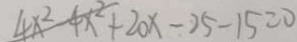
4 x ^ { 2 } - 4 x ^ { 2 } + 2 0 x - 2 5 - 1 5 = 0